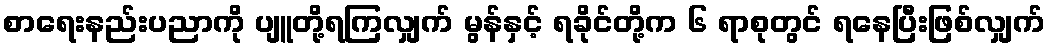
စာရေးနည်းပညာကို ပျူတို့ရကြလျှက် မွန်နှင့် ရခိုင်တို့က ၆ ရာစုတွင် ရနေပြီးဖြစ်လျှက်